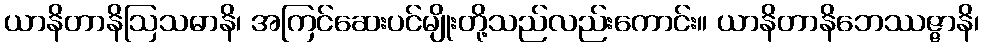
ယာနိတာနိဩသဓာနိ၊ အကြင်ဆေးပင်မျိုးတို့သည်လည်းကောင်း။ ယာနိတာနိဘေဿဇ္ဇာနိ၊